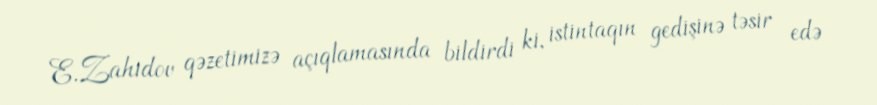
E.Zahidov qəzetimizə açıqlamasında bildirdi ki, istintaqın gedişinə təsir edə